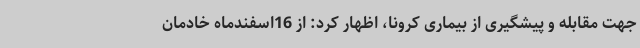
جهت مقابله و پیشگیری از بیماری کرونا، اظهار کرد: از 16اسفندماه خادمان